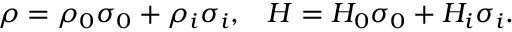
\rho = \rho _ { 0 } \sigma _ { 0 } + \rho _ { i } \sigma _ { i } , \; \; \; H = H _ { 0 } \sigma _ { 0 } + H _ { i } \sigma _ { i } .